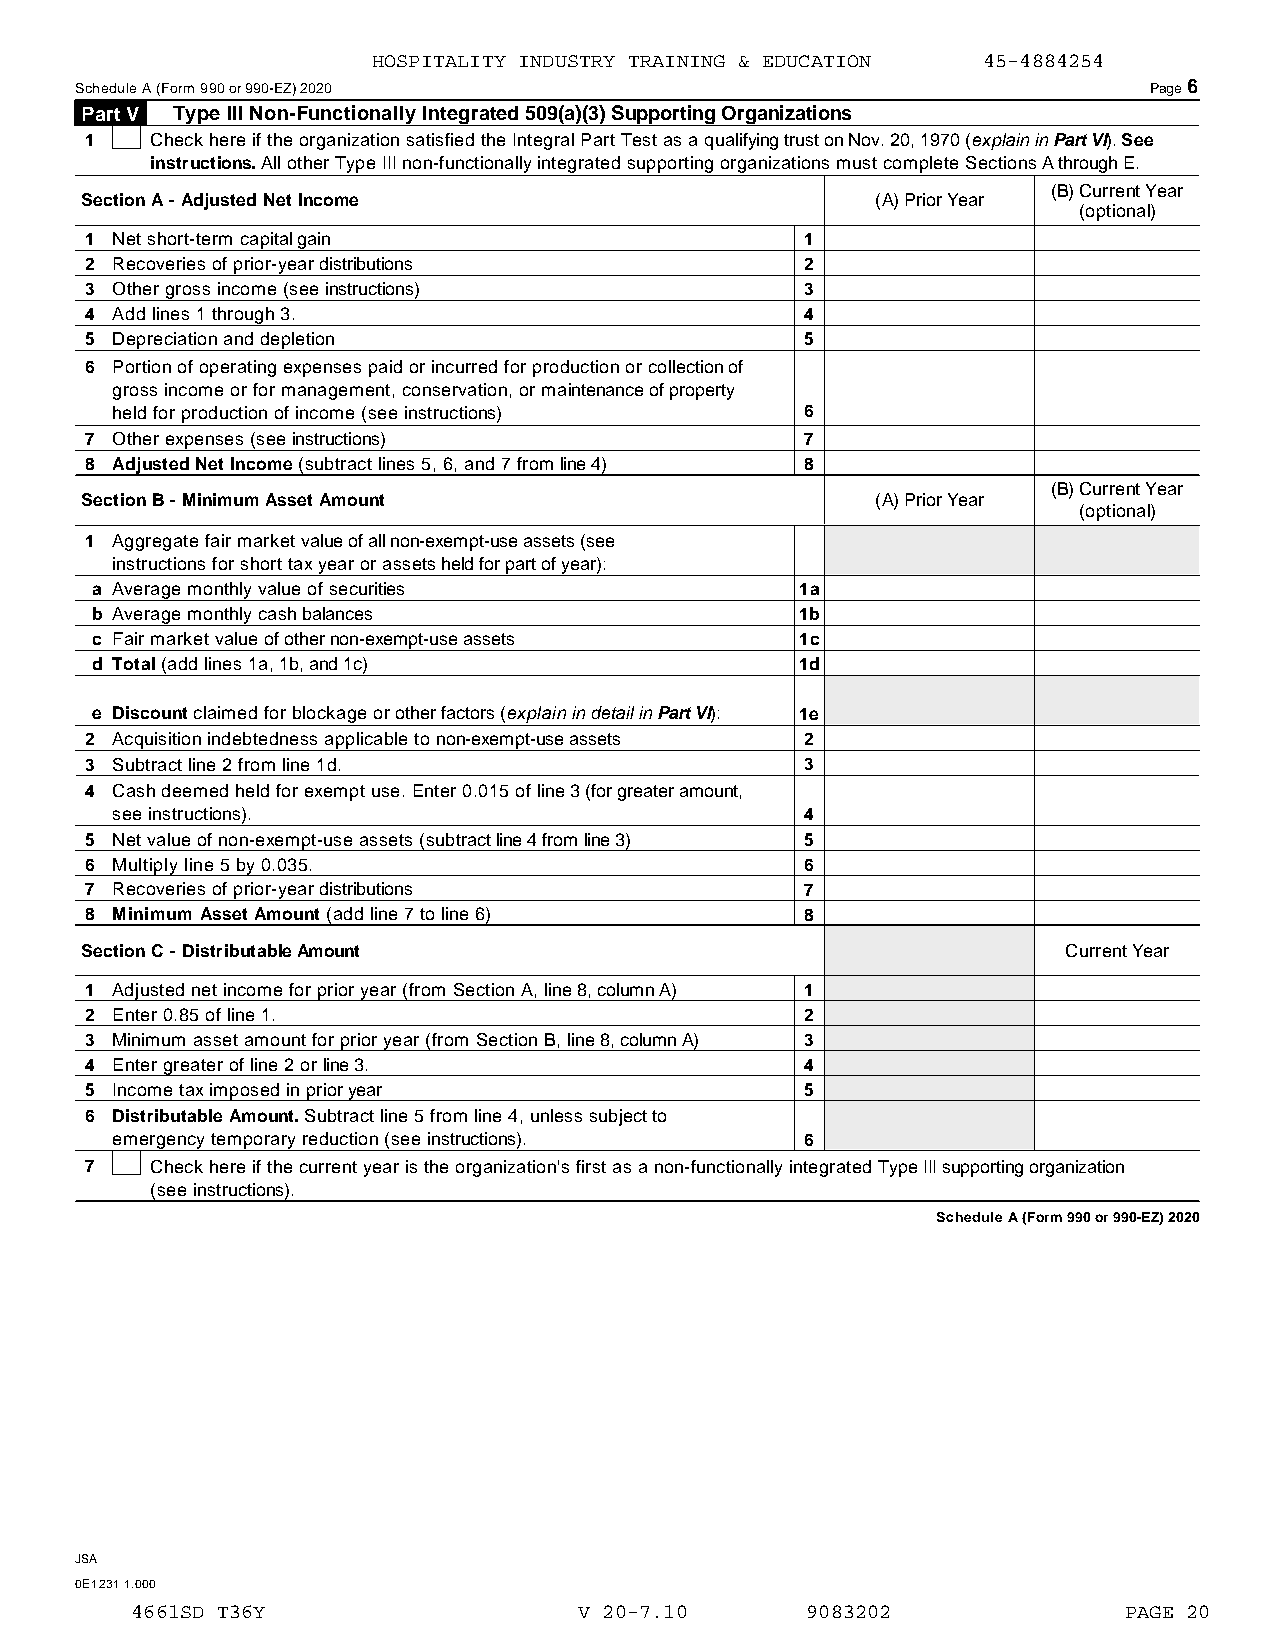
HOSPITALITY INDUSTRY TRAINING & EDUCATION 45-4884254
 Schedule A (Form 990 or 990-EZ) 2020                                   Page6
 Part V Type III Non-Functionally Integrated 509(a)(3) Supporting Organizations
 1   Check here if the organization satisfied the Integral Part Test as a qualifying trust on Nov. 20, 1970 (explain inPart VI). See
 instructions. All other Type III non-functionally integrated supporting organizations must complete Sections A through E.
 (B)Current Year
 Section A - Adjusted Net Income                      (A) Prior Year
 (optional)
 1 Net short-term capital gain                  1
 2 Recoveries of prior-year distributions       2
 3 Other gross income (see instructions)        3
 4 Add lines 1 through 3.                       4
 5 Depreciation and depletion                   5
 6 Portion of operating expenses paid or incurred for production or collection of
 gross income or for management, conservation, or maintenance of property
 held for production of income (see instructions) 6
 7 Other expenses (see instructions)            7
 8 Adjusted Net Income (subtract lines 5, 6, and 7 from line 4) 8
 (B)Current Year
 Section B - Minimum Asset Amount                     (A) Prior Year
 (optional)
 1 Aggregate fair market value of all non-exempt-use assets (see
 instructions for short tax year or assets held for part of year):
 a Average monthly value of securities          1a
 b Average monthly cash balances                1b
 c Fair market value of other non-exempt-use assets 1c
 d Total (add lines 1a, 1b, and 1c)             1d
 e Discount claimed for blockage or other factors (explain in detail inPart VI): 1e
 2 Acquisition indebtedness applicable to non-exempt-use assets 2
 3 Subtract line 2 from line 1d.                3
 4 Cash deemed held for exempt use. Enter 0.015 of line 3 (for greater amount,
 see instructions).                            4
 5 Net value of non-exempt-use assets (subtract line 4 from line 3) 5
 6 Multiply line 5 by 0.035.                    6
 7 Recoveries of prior-year distributions       7
 8 Minimum Asset Amount (add line 7 to line 6)  8
 Section C - Distributable Amount                                  Current Year
 1 Adjusted net income for prior year (from Section A, line 8, column A) 1
 2 Enter 0.85 of line 1.                        2
 3 Minimum asset amount for prior year (from Section B, line 8, column A) 3
 4 Enter greater of line 2 or line 3.           4
 5 Income tax imposed in prior year             5
 6 Distributable Amount. Subtract line 5 from line 4, unless subject to
 emergency temporary reduction (see instructions). 6
 7   Check here if the current year is the organization's first as a non-functionally integrated Type III supporting organization
 (see instructions).
 Schedule A (Form 990 or 990-EZ) 2020
 JSA
 0E1231 1.000
 4661SD T36Y                  V 20-7.10      9083202              PAGE 20